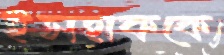
ইসহাককে